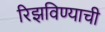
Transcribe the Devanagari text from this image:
रिझविण्याची